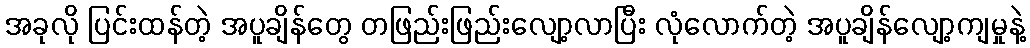
အခုလို ပြင်းထန်တဲ့ အပူချိန်တွေ တဖြည်းဖြည်းလျော့လာပြီး လုံလောက်တဲ့ အပူချိန်လျော့ကျမှုနဲ့